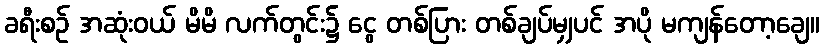
ခရီးစဉ် အဆုံးဝယ် မိမိ လက်တွင်း၌ ငွေ တစ်ပြား တစ်ချပ်မျှပင် အပို မကျန်တော့ချေ။